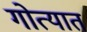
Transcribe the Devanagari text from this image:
गोत्यात